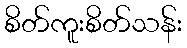
စိတ်ကူးစိတ်သန်း